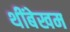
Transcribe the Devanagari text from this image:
थींबेखम